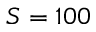
S = 1 0 0